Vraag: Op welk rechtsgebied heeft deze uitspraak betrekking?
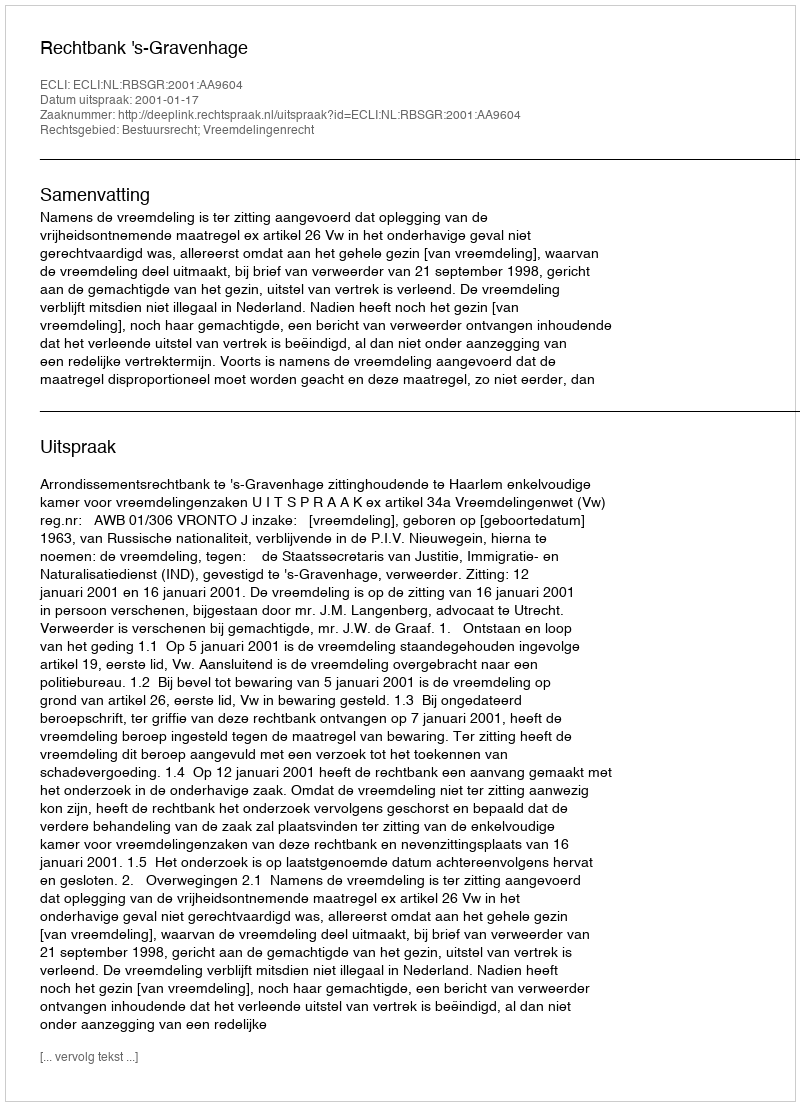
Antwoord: Bestuursrecht; Vreemdelingenrecht